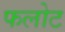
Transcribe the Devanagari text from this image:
फलोट